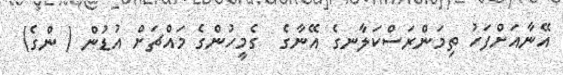
އޭނާއަށްފަހު ތިމަންރަސްކަލާނގެ އޭނާގެ  ގެމީހުންގެ މައްޗަށް އުޑުން ( ންގެ)